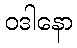
ဝဒါနော